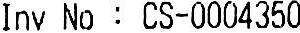
INV NO : CS-0004350